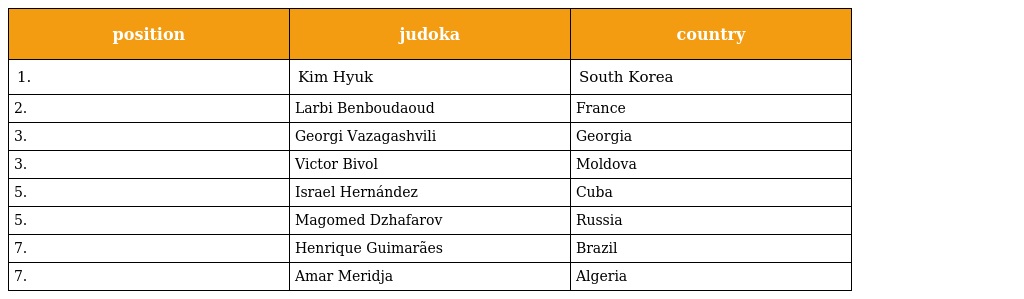
| position | judoka | country |
 | --- | --- | --- |
 | 1. | Kim Hyuk | South Korea |
 | 2. | Larbi Benboudaoud | France |
 | 3. | Georgi Vazagashvili | Georgia |
 | 3. | Victor Bivol | Moldova |
 | 5. | Israel Hernández | Cuba |
 | 5. | Magomed Dzhafarov | Russia |
 | 7. | Henrique Guimarães | Brazil |
 | 7. | Amar Meridja | Algeria |